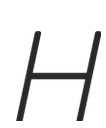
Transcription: H